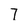
Character: 7